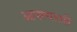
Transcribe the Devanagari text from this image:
आपल्यातही